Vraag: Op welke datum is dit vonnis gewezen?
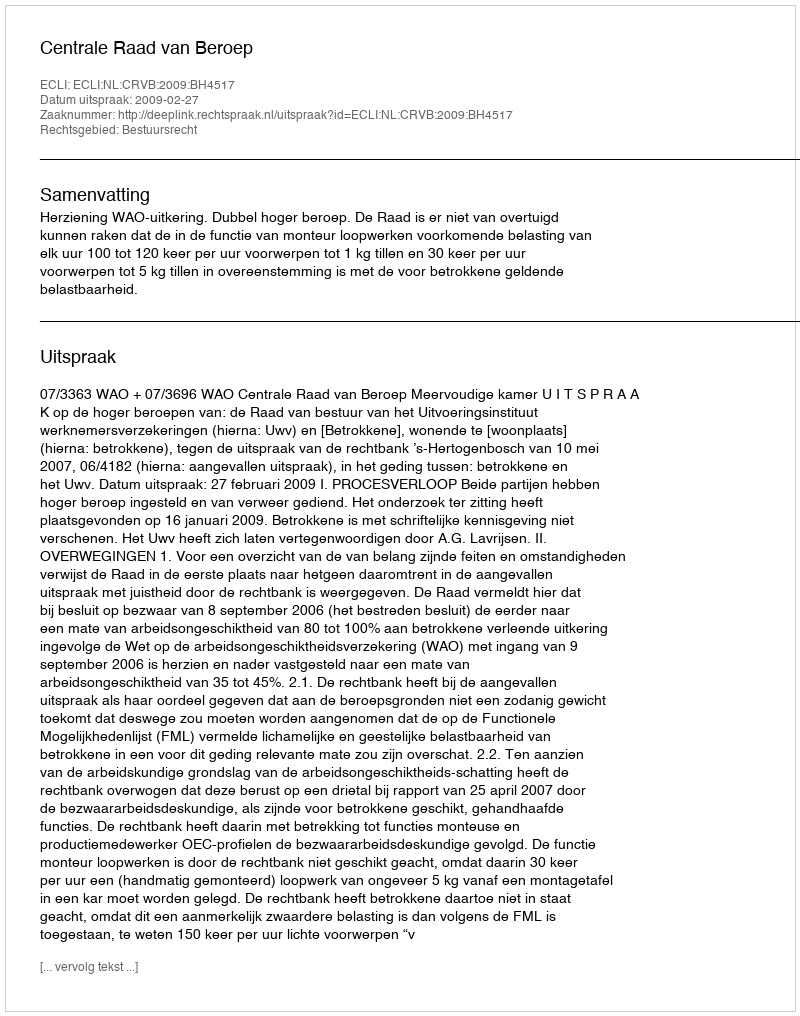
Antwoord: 2009-02-27